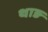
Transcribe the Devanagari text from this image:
थाङ